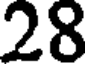
28